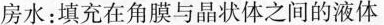
房水：填充在角膜与晶状体之间的液体